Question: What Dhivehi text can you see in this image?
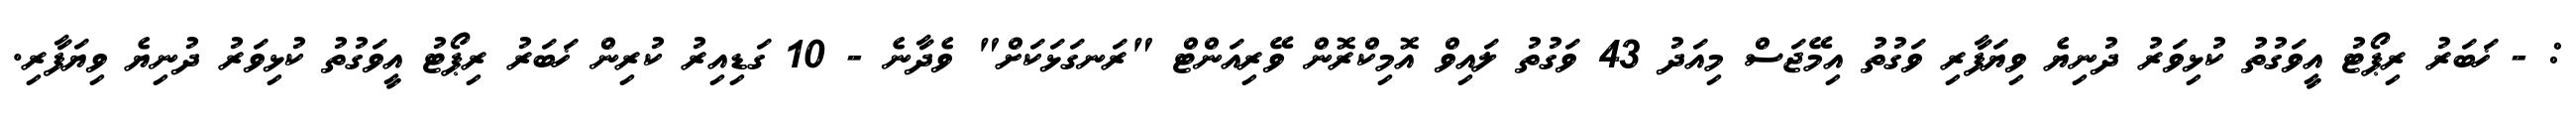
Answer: : - ޚަބަރު ރިޕޯޓު އީވަގުތު ކުޅިވަރު ދުނިޔެ ވިޔަފާރި ވަގުތު އިމޭޖަސް މިއަދު 43 ވަގުތު ލައިވް އޮމިކްރޮން ވޭރިއަންޓް "ރަނގަޅަކަށް" ވެދާނެ - 10 ގަޑިއިރު ކުރިން ޚަބަރު ރިޕޯޓު އީވަގުތު ކުޅިވަރު ދުނިޔެ ވިޔަފާރި.